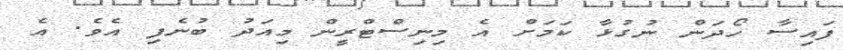
ފައިސާ ހޯދަން ނުގުޅާ ކަމަށް އެ މިނިސްޓްރީން މިއަދު ބުނެފި އެވެ. އެ